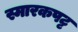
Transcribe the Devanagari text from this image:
स्मारकपट्ट